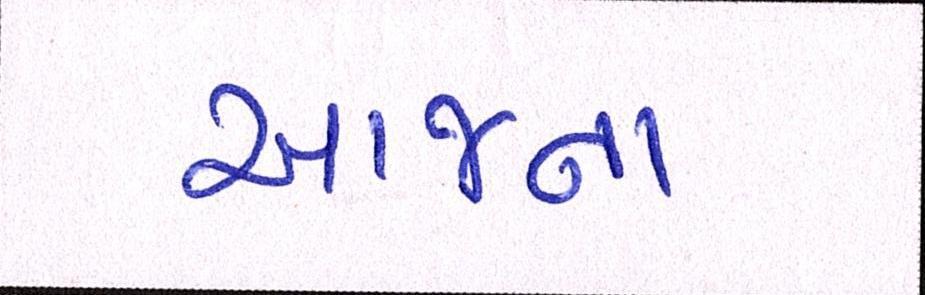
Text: આજના